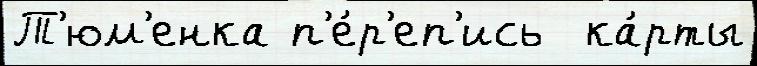
Т'юм'енка п'е́р'еп'ись  ка́рты